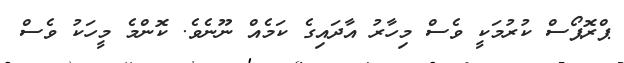
ޕްރޮޕޯސް ކުރުމަކީ ވެސް މިހާރު އާދައިގެ ކަމެއް ނޫނެވެ. ކޮންމެ މީހަކު ވެސް